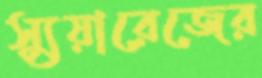
স্যুয়ারেজের